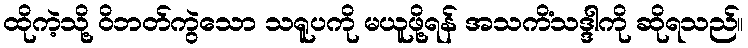
ထိုကဲ့သို့ ဝိဘတ်ကွဲသော သရူပကို မယူဖို့ရန် အသကိံသဒ္ဒါကို ဆိုရသည်။